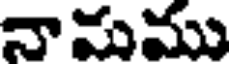
నామము